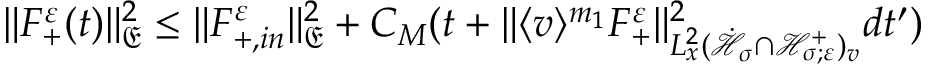
\begin{array} { r } { \| F _ { + } ^ { \varepsilon } ( t ) \| _ { \mathfrak E } ^ { 2 } \leq \| F _ { + , i n } ^ { \varepsilon } \| _ { \mathfrak E } ^ { 2 } + C _ { M } ( t + \| \langle v \rangle ^ { m _ { 1 } } F _ { + } ^ { \varepsilon } \| _ { L _ { x } ^ { 2 } ( \dot { \mathcal H } _ { \sigma } \cap \mathcal H _ { \sigma ; \varepsilon } ^ { + } ) _ { v } } ^ { 2 } d t ^ { \prime } ) } \end{array}